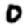
Digit: 0